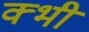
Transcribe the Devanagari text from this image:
क्भी